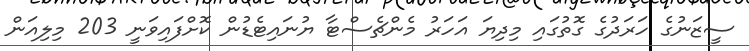
ސީޒަނުގެ ހަރަދުގެ ގޮތުގައި މިދިޔަ އަހަރު މެންޗެސްޓާ ޔުނައިޓެޑުން ކޮށްފައިވަނީ 203 މިލިއަން